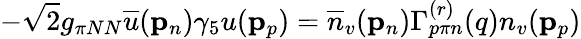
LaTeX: -\sqrt{2}g_{\pi NN}\overline{{{u}}}({\mathbf p}_{n})\gamma_{5}u({\mathbf p}_{p})=\overline{{{n}}}_{v}({\mathbf p}_{n})\Gamma_{p{\pi}n}^{(r)}(q)n_{v}({\mathbf p}_{p})